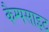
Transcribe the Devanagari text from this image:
कैम्पसाइट